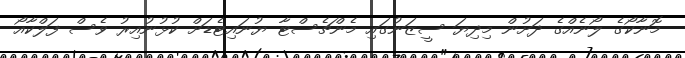
މޮނާކޯގެ ލޯނެއްގެ ދަށުން މިދިޔަ ސީޒަނުގައި މެންޗެސްޓާ ޔުނައިޓެޑަށް ކުޅުނުއިރު ވެސް ފަލްކާއޯ